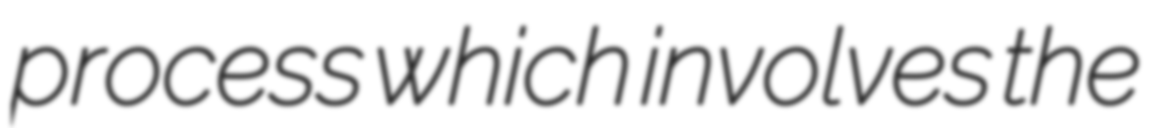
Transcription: process which involves the